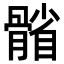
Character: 𩩭